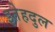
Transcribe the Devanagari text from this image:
इतेहदुल